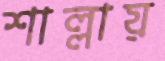
শাল্লায়